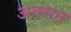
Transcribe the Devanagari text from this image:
अक्सत